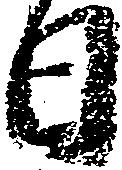
日